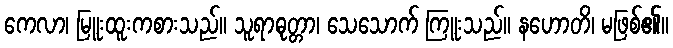
ကေလာ၊ မြူးထူးကစားသည်။ သူရာဓုတ္တာ၊ သေသောက် ကြူးသည်။ နဟောတိ၊ မဖြစ်၏။